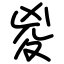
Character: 㚇